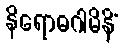
နိရောဓဂါမိနိံ